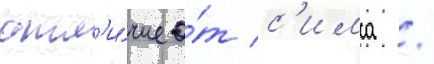
отл'и́чие о́т с'имса /